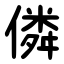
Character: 僯